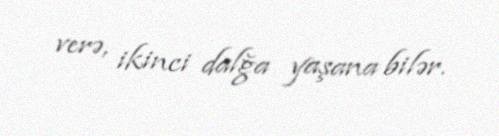
verə, ikinci dalğa yaşana bilər.